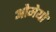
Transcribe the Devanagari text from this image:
ओमेयो